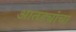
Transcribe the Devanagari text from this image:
आतड्यांचा